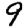
Digit: 9